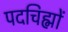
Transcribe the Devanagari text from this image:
पदचिह्मों